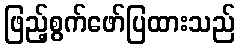
ဖြည့်စွက်ဖော်ပြထားသည်